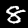
Label: 8